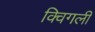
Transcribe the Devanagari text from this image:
क्विगली